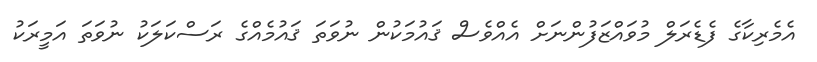
އެމެރިކާގެ ފެޑެރަލް މުވައްޒަފުންނަށް އެއްވެސް ޤައުމަކުން ނުވަތަ ޤައުމެއްގެ ރަސްކަލަކު ނުވަތަ އަމީރަކު